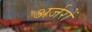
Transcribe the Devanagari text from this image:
अर्जरों